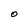
Character: O